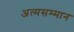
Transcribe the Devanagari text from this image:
अत्मसम्मान